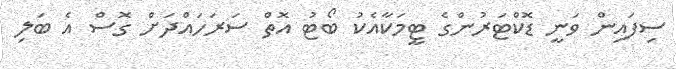
ސިފައިން ވަނީ ޑޮކްޓަރުންގެ ޓީމަކާއެކު ބޯޓު އޮތް ސަރަހައްދަށް ގޮސް އެ ބަލި